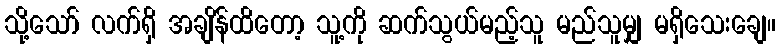
သို့သော် လက်ရှိ အချိန်ထိတော့ သူ့ကို ဆက်သွယ်မည့်သူ မည်သူမျှ မရှိသေးချေ။